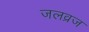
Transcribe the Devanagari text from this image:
जलव्रज